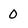
Character: 0